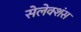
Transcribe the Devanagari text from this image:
सेलेक्शंस